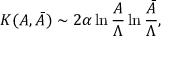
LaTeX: { \cal K } ( A , \bar { A } ) \sim 2 \alpha \ln { \frac { A } { \Lambda } } \ln { \frac { \bar { A } } { \Lambda } } ,